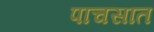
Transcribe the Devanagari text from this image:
पाचसात